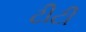
ટીટી